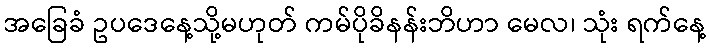
အခြေခံ ဥပဒေနေ့သို့မဟုတ် ကမ်ပိုခိနန်းဘိဟာ မေလ၊ သုံး ရက်နေ့